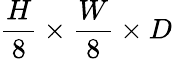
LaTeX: \frac{H}{8}\times\frac{W}{8}\times D